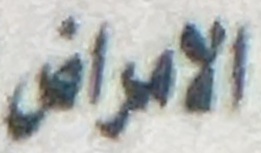
الامراض